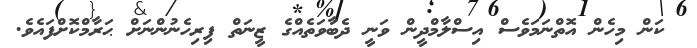
ކަން މިހެން އޮތްނަމަވެސް އިސްލާމްދީން ވަނީ ދެބާވަތެއްގެ ޒީނަތް ފިރިހެނުންނަށް ޙަރާމްކޮށްފައެވެ.